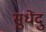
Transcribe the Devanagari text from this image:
सुधेंदु